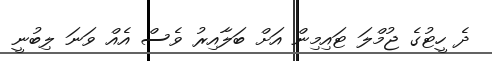
ދެ ހީޓުގެ ޖުމްލަ ޓައިމިން އަށް ބަލާއިރު ވެސް އެއް ވަނަ ލިބުނީ